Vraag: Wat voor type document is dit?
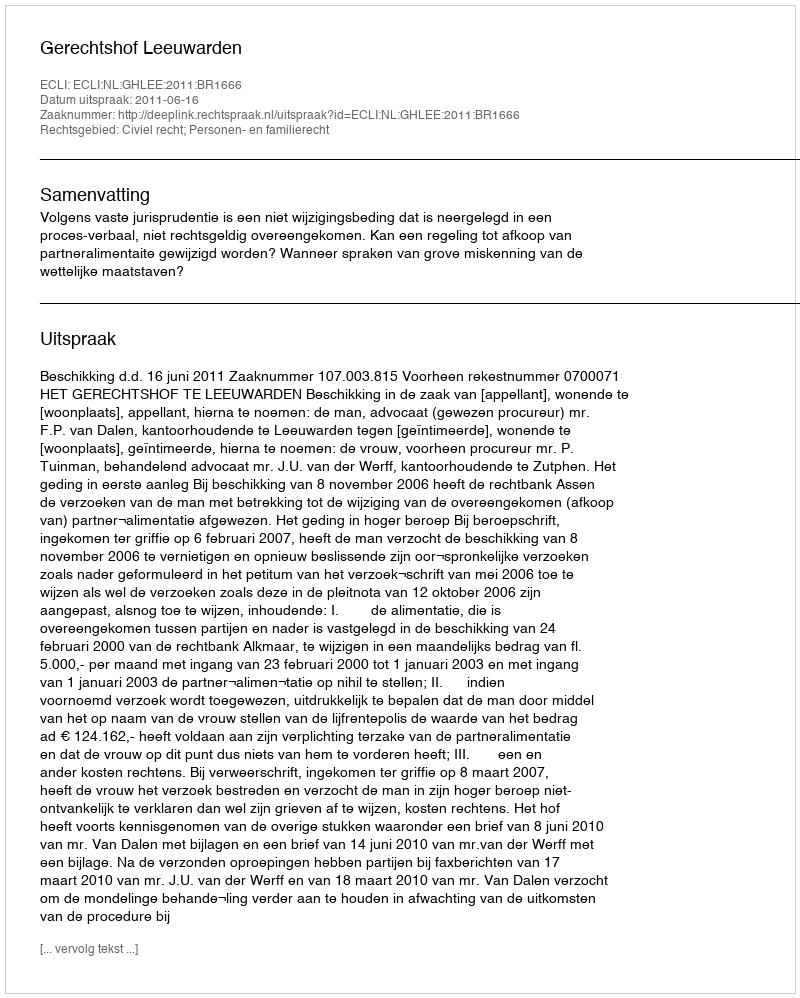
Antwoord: Uitspraak